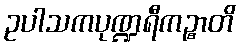
ဥပါသကပုဏ္ဍရီကဉ္စာတိ